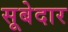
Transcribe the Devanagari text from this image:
सूबेदार